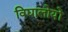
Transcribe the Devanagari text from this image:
विद्यालोयों